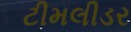
ટીમલીડર